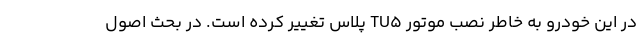
در این خودرو به خاطر نصب موتور TU5 پلاس تغییر کرده است. در بحث اصول